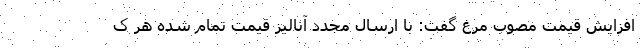
افزایش قیمت مصوب مرغ گفت: با ارسال مجدد آنالیز قیمت تمام شده هر ک